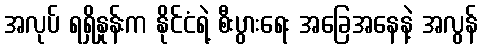
အလုပ် ရရှိနှုန်းက နိုင်ငံရဲ့ စီးပွားရေး အခြေအနေနဲ့ အလွန်